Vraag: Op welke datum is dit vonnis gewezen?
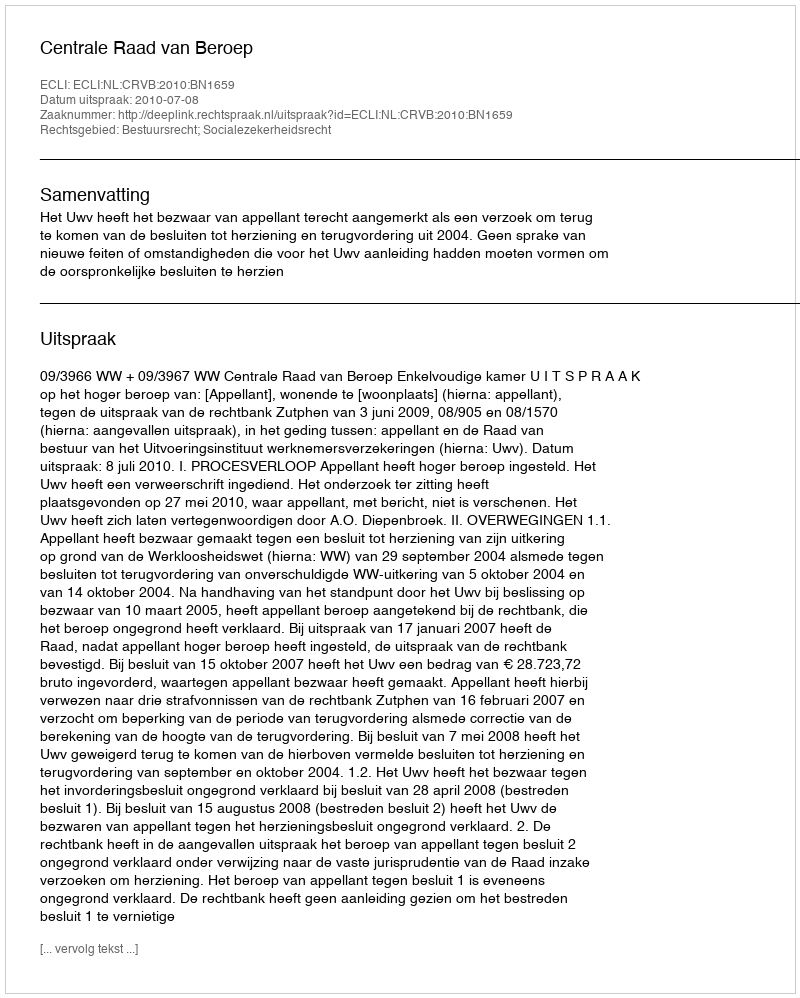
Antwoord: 2010-07-08